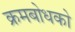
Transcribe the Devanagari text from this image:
क्रमबोधको